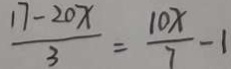
\frac { 1 7 - 2 0 x } { 3 } = \frac { 1 0 x } { 7 } - 1